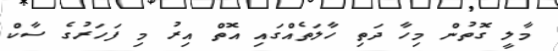
މާލީ ގޮތުން މިހާ ދަތި ހާލަތެއްގައި އޮތް އިރު މި ފަހަރުގެ ސާކް